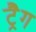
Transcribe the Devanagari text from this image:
ट्रैग